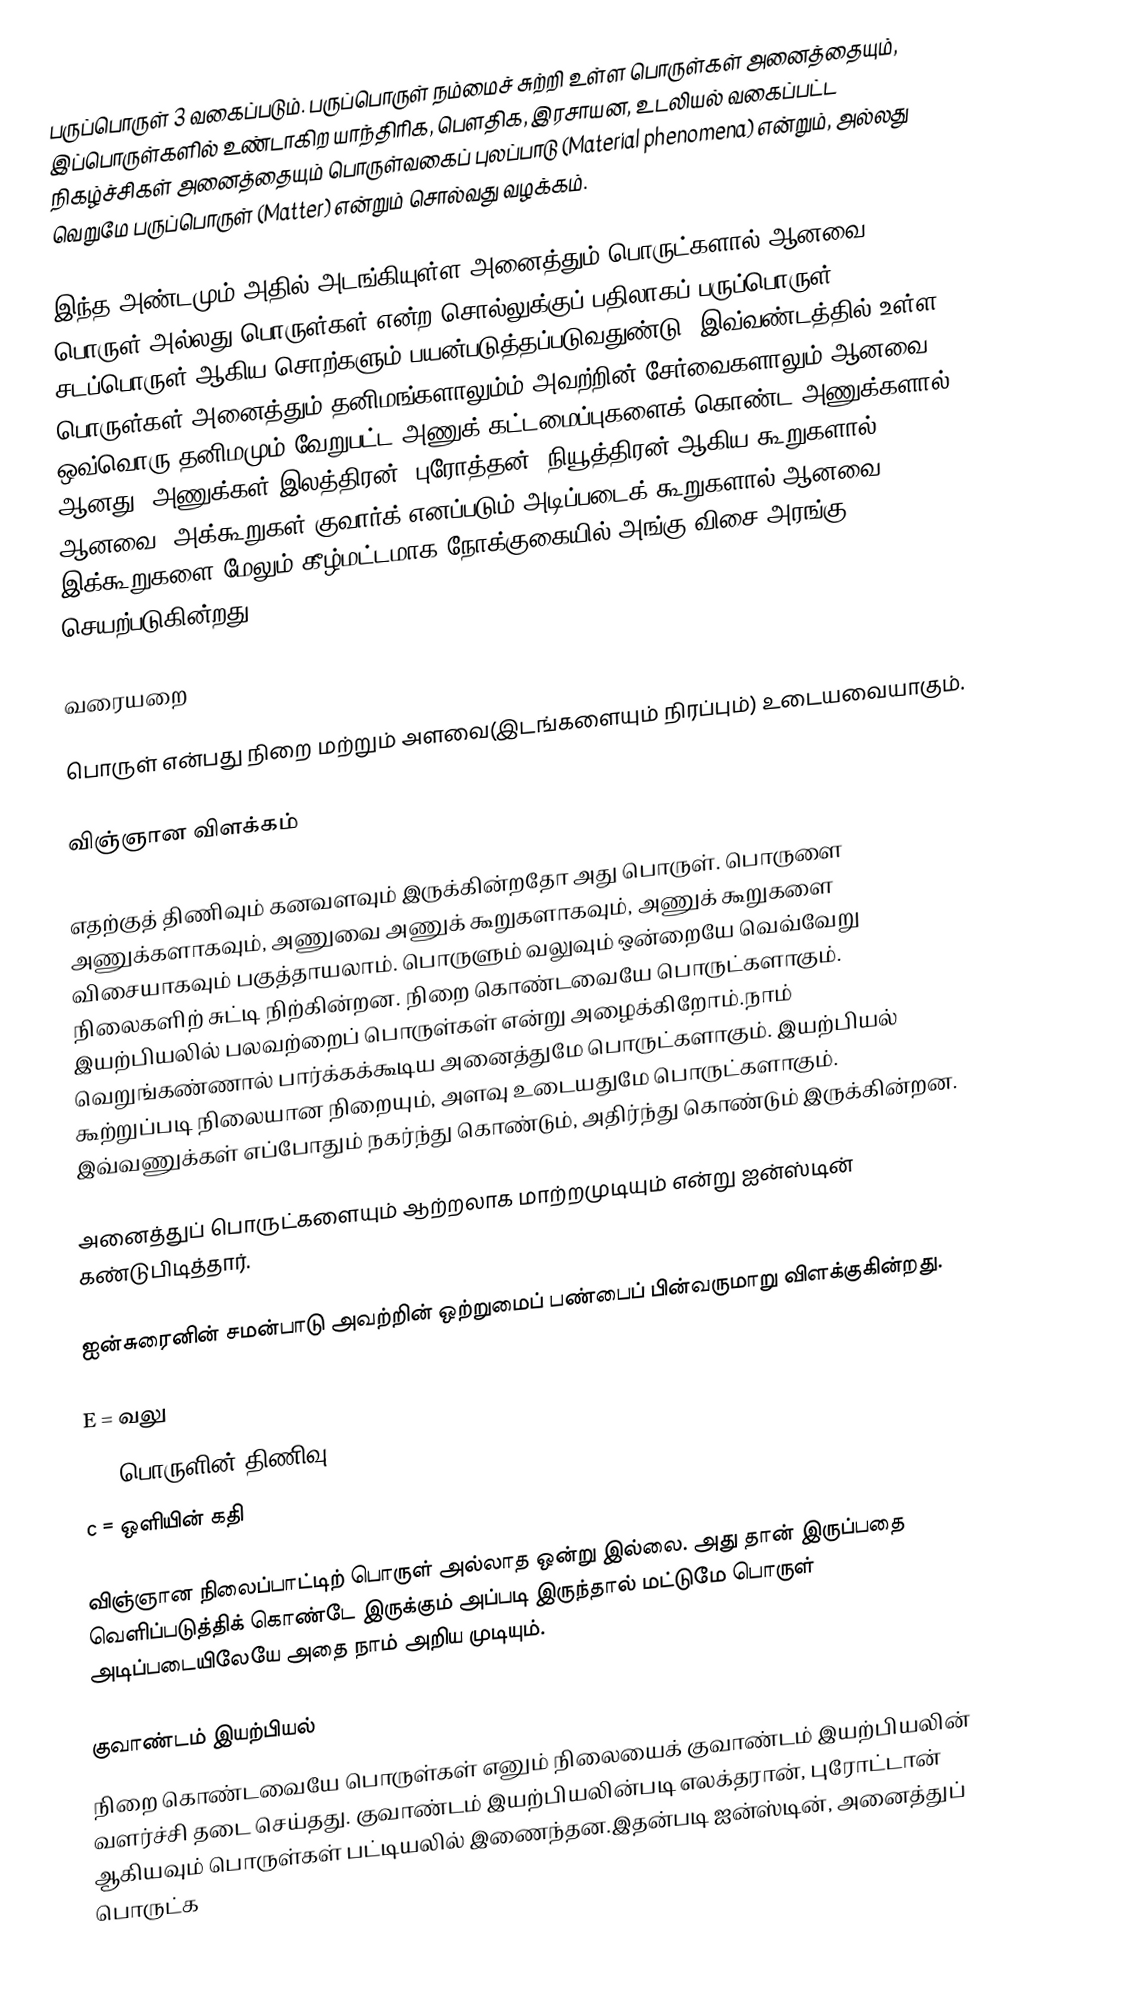
பருப்பொருள் 3 வகைப்படும். பருப்பொருள் நம்மைச் சுற்றி உள்ள பொருள்கள் அனைத்தையும், இப்பொருள்களில் உண்டாகிற யாந்திரிக, பௌதிக, இரசாயன, உடலியல் வகைப்பட்ட நிகழ்ச்சிகள் அனைத்தையும் பொருள்வகைப் புலப்பாடு (Material phenomena) என்றும், அல்லது வெறுமே பருப்பொருள் (Matter) என்றும் சொல்வது வழக்கம்.

இந்த அண்டமும் அதில் அடங்கியுள்ள அனைத்தும் பொருட்களால் ஆனவை. பொருள் அல்லது பொருள்கள் என்ற சொல்லுக்குப் பதிலாகப் பருப்பொருள், சடப்பொருள் ஆகிய சொற்களும் பயன்படுத்தப்படுவதுண்டு. இவ்வண்டத்தில் உள்ள பொருள்கள் அனைத்தும் தனிமங்களாலும்ம் அவற்றின் சேர்வைகளாலும் ஆனவை. ஒவ்வொரு தனிமமும் வேறுபட்ட அணுக் கட்டமைப்புகளைக் கொண்ட அணுக்களால் ஆனது. அணுக்கள் இலத்திரன், புரோத்தன், நியூத்திரன் ஆகிய கூறுகளால் ஆனவை. அக்கூறுகள் குவார்க் எனப்படும் அடிப்படைக் கூறுகளால் ஆனவை. இக்கூறுகளை மேலும் கீழ்மட்டமாக நோக்குகையில் அங்கு விசை அரங்கு செயற்படுகின்றது.

வரையறை

பொருள் என்பது நிறை மற்றும் அளவை(இடங்களையும் நிரப்பும்) உடையவையாகும்.

விஞ்ஞான விளக்கம்

எதற்குத் திணிவும் கனவளவும் இருக்கின்றதோ அது பொருள். பொருளை அணுக்களாகவும், அணுவை அணுக் கூறுகளாகவும், அணுக் கூறுகளை விசையாகவும் பகுத்தாயலாம். பொருளும் வலுவும் ஒன்றையே வெவ்வேறு நிலைகளிற் சுட்டி நிற்கின்றன. நிறை கொண்டவையே பொருட்களாகும். இயற்பியலில் பலவற்றைப் பொருள்கள் என்று அழைக்கிறோம்.நாம் வெறுங்கண்ணால் பார்க்கக்கூடிய அனைத்துமே பொருட்களாகும். இயற்பியல் கூற்றுப்படி நிலையான நிறையும், அளவு உடையதுமே பொருட்களாகும். இவ்வணுக்கள் எப்போதும் நகர்ந்து கொண்டும், அதிர்ந்து கொண்டும் இருக்கின்றன.

அனைத்துப் பொருட்களையும் ஆற்றலாக மாற்றமுடியும் என்று ஐன்ஸ்டின் கண்டுபிடித்தார்.

ஐன்சுரைனின் சமன்பாடு அவற்றின் ஒற்றுமைப் பண்பைப் பின்வருமாறு விளக்குகின்றது.

E = வலு
m = பொருளின் திணிவு
c = ஒளியின் கதி

விஞ்ஞான நிலைப்பாட்டிற் பொருள் அல்லாத ஒன்று இல்லை. அது தான் இருப்பதை வெளிப்படுத்திக் கொண்டே இருக்கும் அப்படி இருந்தால் மட்டுமே பொருள் அடிப்படையிலேயே அதை நாம் அறிய முடியும்.

குவாண்டம் இயற்பியல்
நிறை கொண்டவையே பொருள்கள் எனும் நிலையைக் குவாண்டம் இயற்பியலின் வளர்ச்சி தடை செய்தது. குவாண்டம் இயற்பியலின்படி எலக்தரான், புரோட்டான் ஆகியவும் பொருள்கள் பட்டியலில் இணைந்தன.இதன்படி ஐன்ஸ்டின், அனைத்துப் பொருட்க